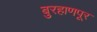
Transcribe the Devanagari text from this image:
बुरहाणपूर